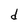
Character: d